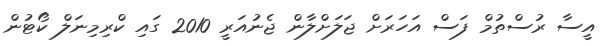
އީސާ ރުސްތުމް ފަސް އަހަރަށް ޖަލަށްލާން ޖެނުއަރީ 2010 ގައި ކްރިމިނަލް ކޯޓުން